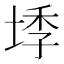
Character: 𭎰